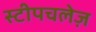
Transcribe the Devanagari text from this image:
स्टीपचलेज़